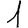
Digit: 1